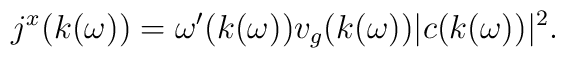
j^x(k(\omega)) = \omega^{\prime}(k(\omega)) v_g (k(\omega)) |c(k(\omega))|^2.